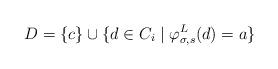
LaTeX: \begin{align*}D = \{c\} \cup \{d \in C_i \mid \varphi_{\sigma, s}^L(d) = a\}\end{align*}